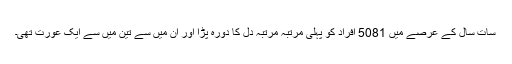
سات سال کے عرصے میں 5081 افراد کو پہلی مرتبہ مرتبہ دل کا دورہ پڑا اور ان میں سے تین میں سے ایک عورت تھی۔